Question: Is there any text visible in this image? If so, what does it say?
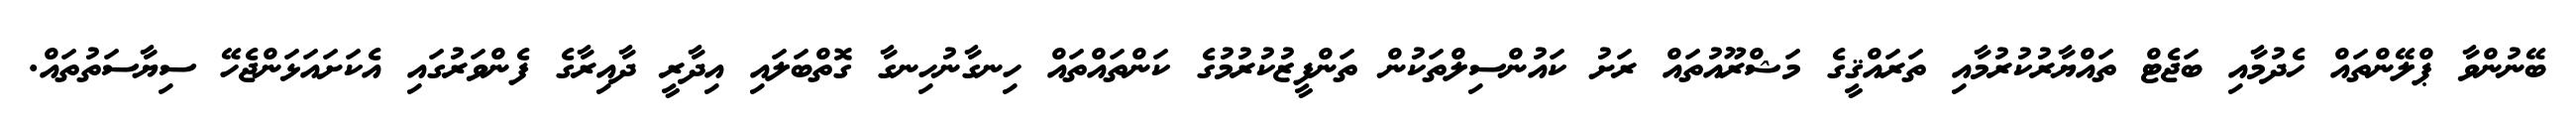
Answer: ބޭނުންވާ ޕްލޭންތައް ހެދުމާއި ބަޖެޓް ތައްޔާރުކުރުމާއި ތަރައްޤީގެ މަޝްރޫއުތައް ރަށު ކައުންސިލްތަކުން ތަންފީޒުކުރުމުގެ ކަންތައްތައް ހިނގާނުހިނގާ ގޮތްބަލައި އިދާރީ ދާއިރާގެ ފެންވަރުގައި އެކަށައަޅަންޖެހޭ ސިޔާސަތުތައް.